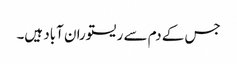
جس کے دم سے ریستوران آباد ہیں۔